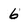
Character: 6